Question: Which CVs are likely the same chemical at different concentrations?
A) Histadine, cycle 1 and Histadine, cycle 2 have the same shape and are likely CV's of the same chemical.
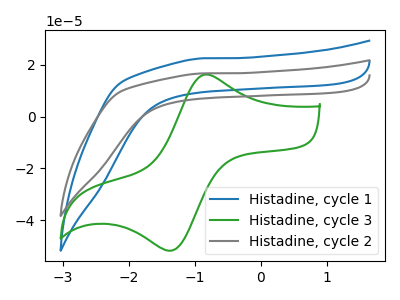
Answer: <think>The blue curve "Histadine, cycle 1" has no peaks. The green curve "Histadine, cycle 3" has an anodic peak at (-0.85V, 16.15uA) and a cathodic peak at (-1.35V, -51.85uA). The gray curve "Histadine, cycle 2" has no peaks.
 "Histadine, cycle 1" and "Histadine, cycle 3" have a different number of peaks. Neither "Histadine, cycle 1" or "Histadine, cycle 2" have any peaks. "Histadine, cycle 3" and "Histadine, cycle 2" have a different number of peaks.</think>
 <answer>A) "Histadine, cycle 1" and "Histadine, cycle 2" have the same shape and are likely CV's of the same chemical.</answer>
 <eval>A</eval>